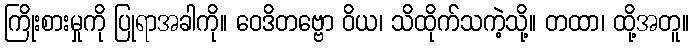
ကြိုးစားမှုကို ပြုရာအခါကို။ ဝေဒိတဗ္ဗော ဝိယ၊ သိထိုက်သကဲ့သို့။ တထာ၊ ထို့အတူ။